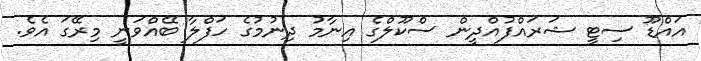
އައްޑޫ ސިޓީ ޝަރައްފުއްދީން ސްކޫލްގެ އިނާމު ދިނުމުގެ ހަފްލާ ބޭއްވަނީ މިރޭގަ އެވެ.